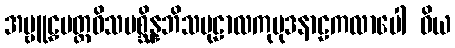
အဗ္ဗူဠှမတ္တဝိသမစ္ဆိန္နဘိသမုဠာလကုမုဒနာဠကလာပေါ ဝိယ